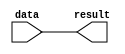
module lpm_or (
    data,  // Data input to the OR gates. (Required)
    result // Result of OR operators. (Required)
);

// GLOBAL PARAMETER DECLARATION
    // Width of the data[] and result[] ports. Number of OR gates. (Required)
    parameter lpm_width = 1;
    // Number of inputs to each OR gate. Number of input buses. (Required)
    parameter lpm_size = 1;
    parameter lpm_type = "lpm_or";
    parameter lpm_hint  = "UNUSED";

// INPUT PORT DECLARATION
    input  [(lpm_size * lpm_width)-1:0] data;

// OUTPUT PORT DECLARATION
    output [lpm_width-1:0] result;

// INTERNAL REGISTER/SIGNAL DECLARATION
    reg    [lpm_width-1:0] result_tmp;

// LOCAL INTEGER DECLARATION
    integer i;
    integer j;
    integer k;

// INITIAL CONSTRUCT BLOCK
    initial
    begin
        if (lpm_width <= 0)
        begin
            $display("Value of lpm_width parameter must be greater than 0 (ERROR)");
            $display("Time: %0t  Instance: %m", $time);
            $finish;
        end

        if (lpm_size <= 0)
        begin
            $display("Value of lpm_size parameter must be greater than 0 (ERROR)");
            $display("Time: %0t  Instance: %m", $time);
            $finish;
        end
    end

// ALWAYS CONSTRUCT BLOCK
    always @(data)
    begin
        for (i=0; i<lpm_width; i=i+1)
        begin
            result_tmp[i] = 1'b0;
            for (j=0; j<lpm_size; j=j+1)
            begin
                k = (j * lpm_width) + i;
                result_tmp[i] = result_tmp[i] | data[k];
            end
        end
    end

// CONTINOUS ASSIGNMENT
    assign result = result_tmp;

endmodule